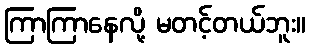
ကြာကြာနေလို့ မတင့်တယ်ဘူး။